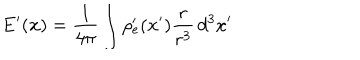
\mathbf { E } ^ { \prime } ( \mathbf { x } ) = \frac { 1 } { 4 \pi } \int \rho _ { e } ^ { \prime } ( \mathbf { x } ^ { \prime } ) \frac { \mathbf { r } } { r ^ { 3 } } \, d ^ { 3 } x ^ { \prime }